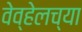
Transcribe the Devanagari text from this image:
वेव्हेलच्या